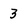
Character: 3